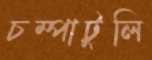
চম্পাটুলি